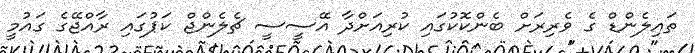
ތައިލެންޑް ގެ ވެރިރަށް ބެންކޮކުގައި ކުރިއަށްދާ އޭސީސީ ޗެލެންޖް ކަޕުގައި ރާއްޖޭގެ ގައުމީ